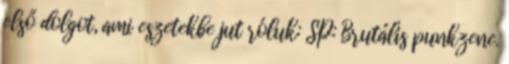
első dolgot, ami eszetekbe jut róluk: SP: Brutális punkzene.